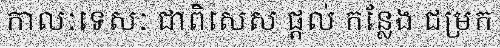
កាលៈទេសៈ ជាពិសេស ផ្តល់ កន្លែង ជម្រក